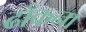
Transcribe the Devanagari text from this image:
ढाँकना